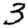
Digit: 3